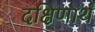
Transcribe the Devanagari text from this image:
दक्षिणार्थं